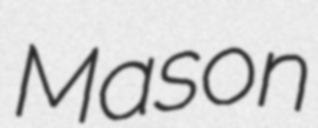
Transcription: Mason